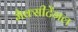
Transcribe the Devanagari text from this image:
मैक्‍सीटेंगल